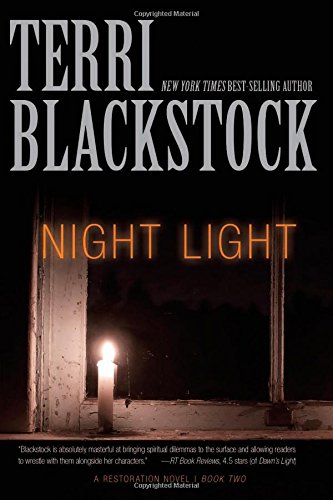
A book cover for Night Light (A Restoration Novel); Terri Blackstock; Christian Books & Bibles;